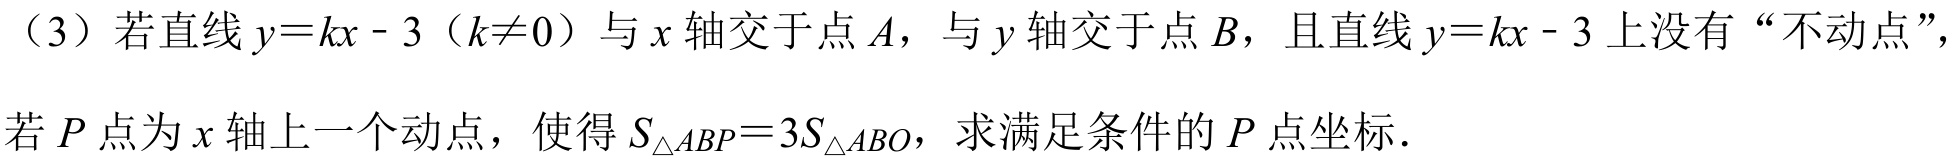
（3）若直线\(y = kx - 3(k\neq0)\)与\(x\)轴交于点\(A\)，与\(y\)轴交于点\(B\)，且直线\(y = kx - 3\)上没有“不动点”，
若\(P\)点为\(x\)轴上一个动点，使得\(S_{\triangle ABP}=3S_{\triangle ABO}\)，求满足条件的\(P\)点坐标.